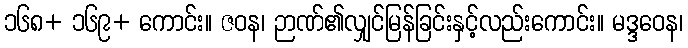
၁၆၈+ ၁၆၉+ ကောင်း။ ဇဝန၊ ဉာဏ်၏လျှင်မြန်ခြင်းနှင့်လည်းကောင်း။ မဒ္ဒဝေန၊